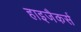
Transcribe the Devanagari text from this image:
हाइजैकर्स